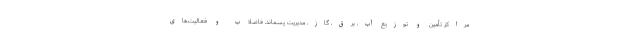
مراکز تأمین و توزیع آب، برق، گاز، مدیریت پسماند، فاضلاب و فعالیت‌های